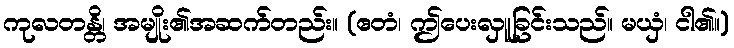
ကုလတန္တိ၊ အမျိုး၏အဆက်တည်း။ (ဧတံ၊ ဤပေးလှူခြင်းသည်။ မယှံ၊ ငါ၏။)